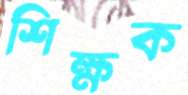
শিক্ষক